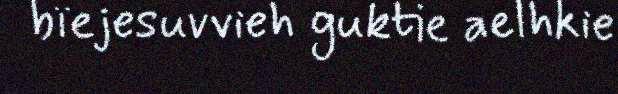
bïejesuvvieh guktie aelhkie